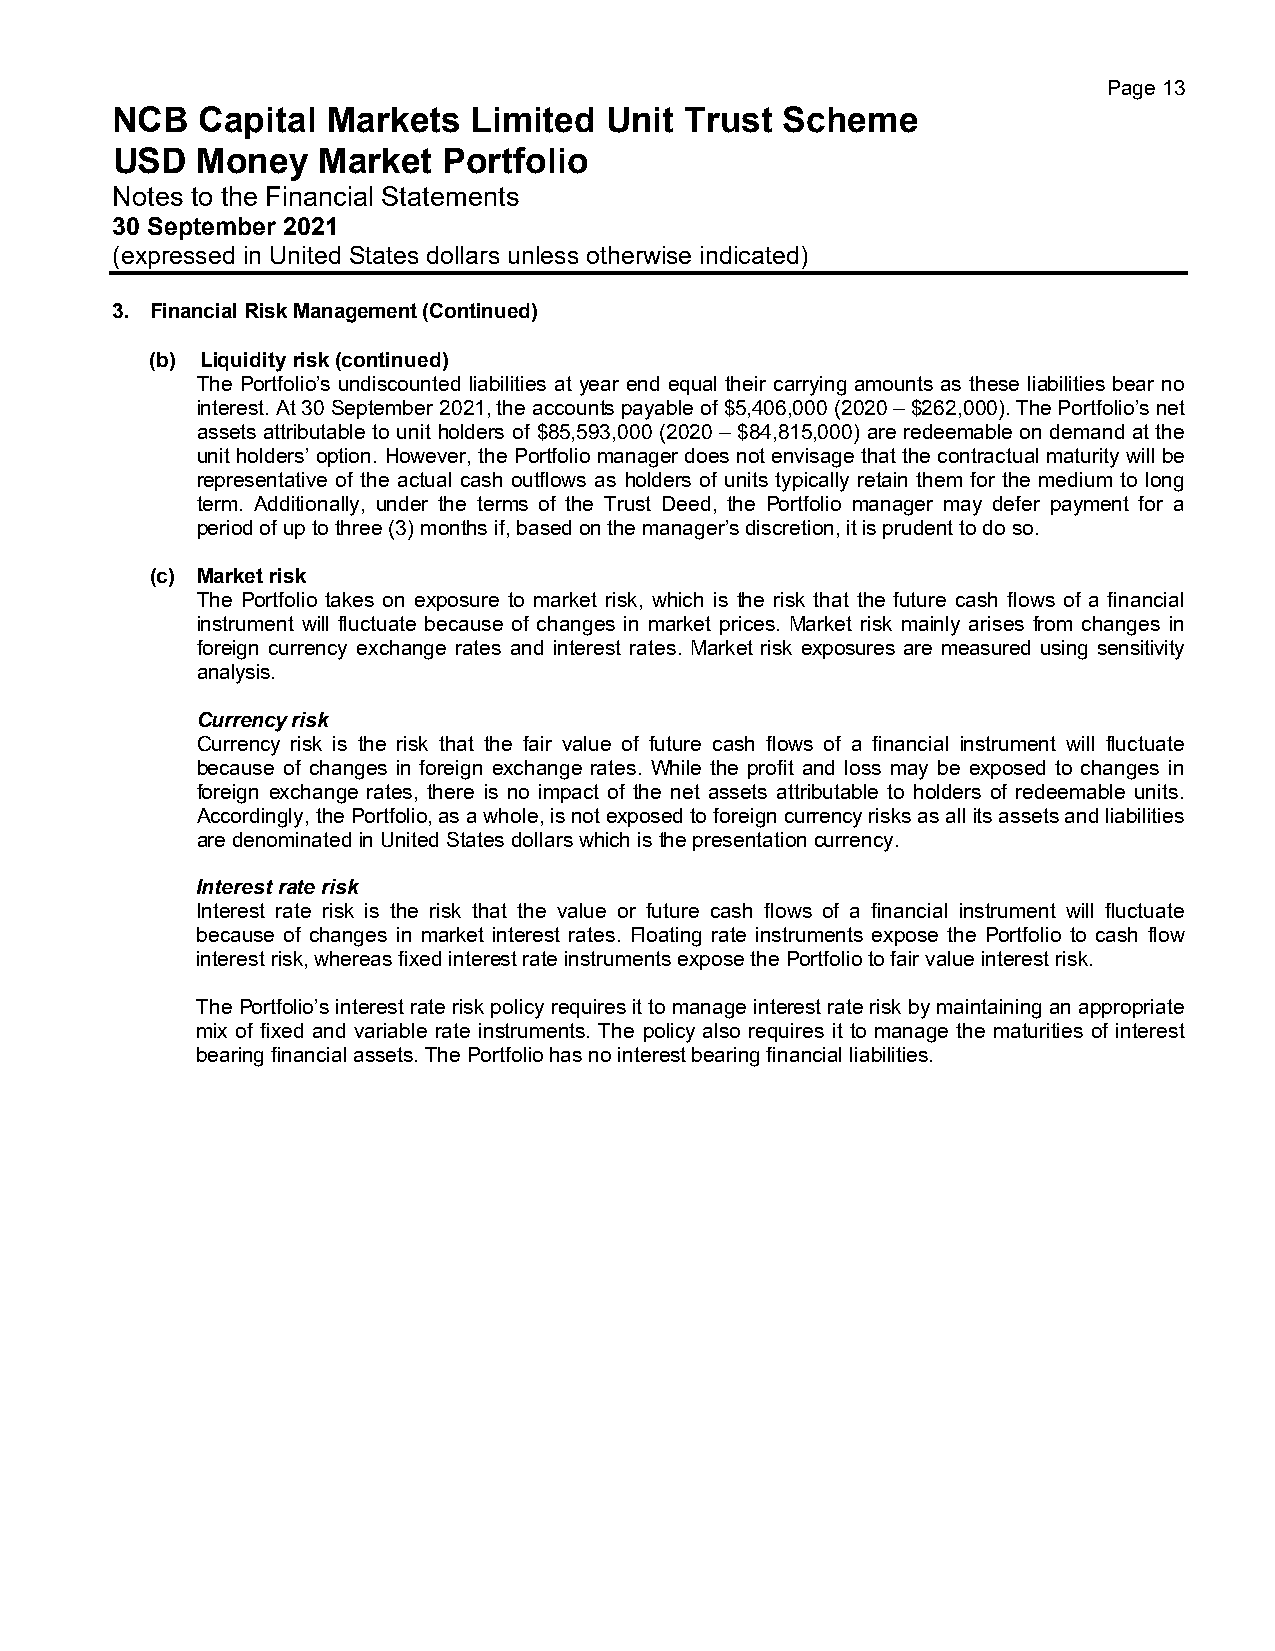
Page 13
 NCB   Capital  Markets  Limited  Unit Trust  Scheme
 USD   Money   Market  Portfolio
 Notes to the Financial Statements
 30 September 2021
 (expressed in United States dollars unless otherwise indicated)
 3. Financial Risk Management (Continued)
 (b) Liquidity risk (continued)
 The Portfolio’s undiscounted liabilities at year end equal their carrying amounts as these liabilities bear no
 interest. At 30 September 2021, the accounts payable of $5,406,000 (2020 – $262,000). The Portfolio’s net
 assets attributable to unit holders of $85,593,000 (2020 – $84,815,000) are redeemable on demand at the
 unit holders’ option. However, the Portfolio manager does not envisage that the contractual maturity will be
 representative of the actual cash outflows as holders of units typically retain them for the medium to long
 term. Additionally, under the terms of the Trust Deed, the Portfolio manager may defer payment for a
 period of up to three (3) months if, based on the manager’s discretion, it is prudent to do so.
 (c) Market risk
 The Portfolio takes on exposure to market risk, which is the risk that the future cash flows of a financial
 instrument will fluctuate because of changes in market prices. Market risk mainly arises from changes in
 foreign currency exchange rates and interest rates. Market risk exposures are measured using sensitivity
 analysis.
 Currency risk
 Currency risk is the risk that the fair value of future cash flows of a financial instrument will fluctuate
 because of changes in foreign exchange rates. While the profit and loss may be exposed to changes in
 foreign exchange rates, there is no impact of the net assets attributable to holders of redeemable units.
 Accordingly, the Portfolio, as a whole, is not exposed to foreign currency risks as all its assets and liabilities
 are denominated in United States dollars which is the presentation currency.
 Interest rate risk
 Interest rate risk is the risk that the value or future cash flows of a financial instrument will fluctuate
 because of changes in market interest rates. Floating rate instruments expose the Portfolio to cash flow
 interest risk, whereas fixed interest rate instruments expose the Portfolio to fair value interest risk.
 The Portfolio’s interest rate risk policy requires it to manage interest rate risk by maintaining an appropriate
 mix of fixed and variable rate instruments. The policy also requires it to manage the maturities of interest
 bearing financial assets. The Portfolio has no interest bearing financial liabilities.